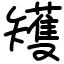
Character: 矱